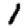
Digit: 1